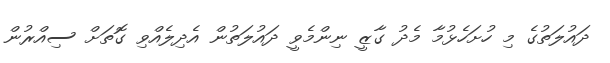
ދައުލަތުގެ މި ހުށަހެޅުމާ މެދު ގާޒީ ނިންމެވީ ދައުލަތުން އެދިލެއްވި ގޮތަށް ސިއްރުން